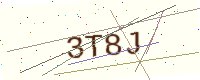
Text: 3T8J